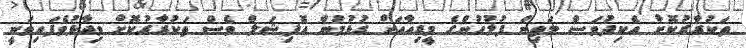
ތަކުރާރުކޮށް އެކިދުވަސް މަތިން ފުލުހުންގެ މީޑިއާއަށް ގުޅުމުން އޮފިޝަލް ވެސް ތަކުރާރުކޮށް ވިދާޅުވެފައިވަނީ